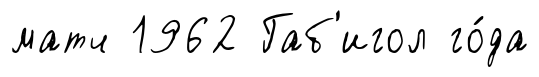
матч 1962 Габ'игол го́да